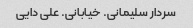
سردار سلیمانی. خیابانی. علی دایی